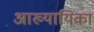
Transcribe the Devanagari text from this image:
अाख्यायिका